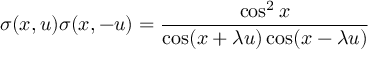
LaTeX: \sigma ( x , u ) \sigma ( x , - u ) = \frac { \cos ^ { 2 } x } { \cos ( x + \lambda u ) \cos ( x - \lambda u ) }